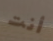
أنت